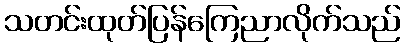
သတင်းထုတ်ပြန်ကြေညာလိုက်သည်